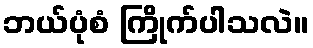
ဘယ်ပုံစံ ကြိုက်ပါသလဲ။